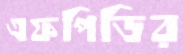
এফপিডির